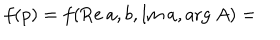
f ( p ) = f ( \mathrm { R e } \: a , b , \mathrm { I m } \: a , \mathrm { a r g } \: A ) =